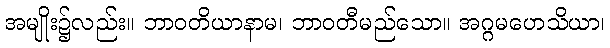
အမျိုး၌လည်း။ ဘာဝတိယာနာမ၊ ဘာဝတီမည်သော။ အဂ္ဂမဟေသိယာ၊